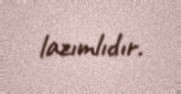
lazımlıdır.